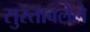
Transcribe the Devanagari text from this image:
सुस्तावलेले